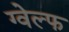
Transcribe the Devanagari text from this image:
ग्वेल्फ